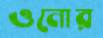
ওনোর